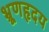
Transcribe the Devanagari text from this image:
भ्रूणहृदय